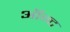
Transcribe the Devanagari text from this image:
ऑन्ट